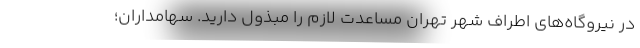
در نیروگاه‌های اطراف شهر تهران مساعدت لازم را مبذول دارید. سهامداران؛